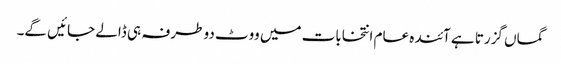
گماں گزرتا ہے آئندہ عام انتخابات میں ووٹ دو طرفہ ہی ڈالے جائیں گے۔